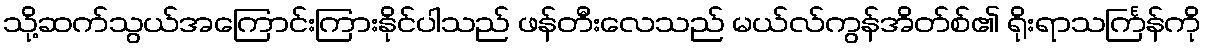
သို့ဆက်သွယ်အကြောင်းကြားနိုင်ပါသည် ဖန်တီးလေသည် မယ်လ်ကွန်အိတ်စ်၏ ရိုးရာသင်္ကြန်ကို